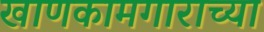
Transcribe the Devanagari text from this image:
खाणकामगाराच्या